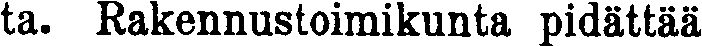
ta. Rakennustoimikunta pidättää